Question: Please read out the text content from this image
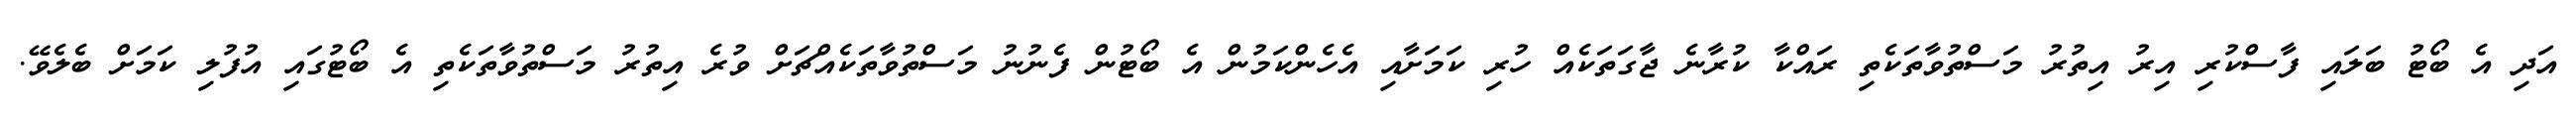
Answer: އަދި އެ ބޯޓު ބަލައި ފާސްކުރި އިރު އިތުރު މަސްތުވާތަކެތި ރައްކާ ކުރާނެ ޖާގަތަކެއް ހުރި ކަމަށާއި އެހެންކަމުން އެ ބޯޓުން ފެނުނު މަސްތުވާތަކެއްޗަށް ވުރެ އިތުރު މަސްތުވާތަކެތި އެ ބޯޓުގައި އުފުލި ކަމަށް ބެލެވޭ.